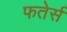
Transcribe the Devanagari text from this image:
फतेर्स